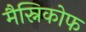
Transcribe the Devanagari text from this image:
मैस्निकोफ